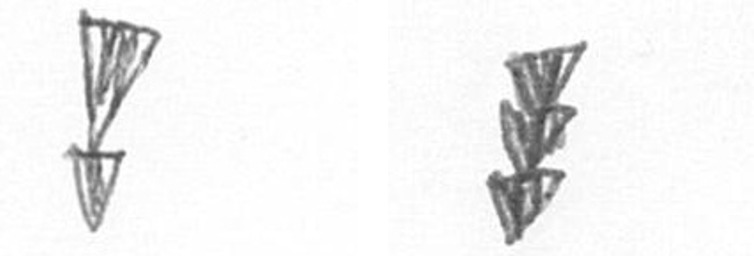
Z E